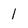
Character: 1